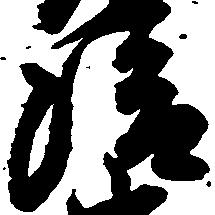
清